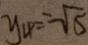
y _ { 4 } = - \sqrt { 5 }